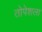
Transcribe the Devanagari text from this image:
तोपेशला